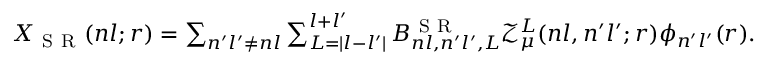
\begin{array} { r } { X _ { \mathrm { ~ S ~ R ~ } } ( n l ; r ) = \sum _ { n ^ { \prime } l ^ { \prime } \neq n l } \sum _ { L = | l - l ^ { \prime } | } ^ { l + l ^ { \prime } } B _ { n l , n ^ { \prime } l ^ { \prime } , L } ^ { \mathrm { ~ S ~ R ~ } } \mathcal { Z } _ { \mu } ^ { L } ( n l , n ^ { \prime } l ^ { \prime } ; r ) \phi _ { n ^ { \prime } l ^ { \prime } } ( r ) . } \end{array}